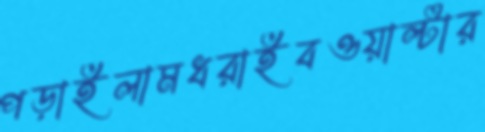
পড়াইলামধরাইবওয়াল্টার